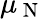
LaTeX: \mu_{\mathrm{~N~}}